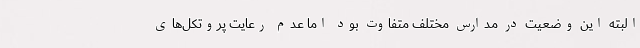
البته این وضعیت در مدارس مختلف متفاوت بود اما عدم رعایت پروتکل‌های